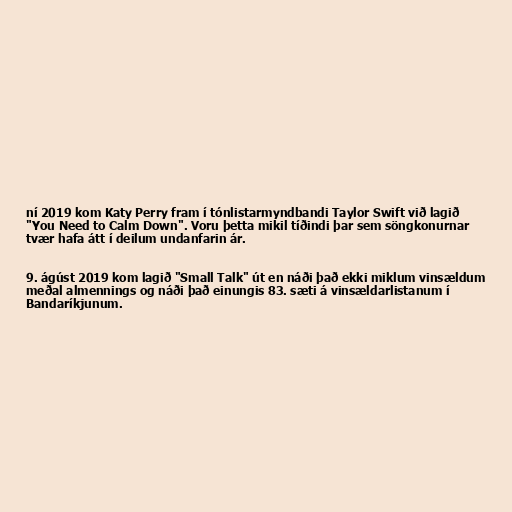
ní 2019 kom Katy Perry fram í tónlistarmyndbandi Taylor Swift við lagið
"You Need to Calm Down". Voru þetta mikil tíðindi þar sem söngkonurnar
tvær hafa átt í deilum undanfarin ár.

9. ágúst 2019 kom lagið "Small Talk" út en náði það ekki miklum vinsældum
meðal almennings og náði það einungis 83. sæti á vinsældarlistanum í
Bandaríkjunum.